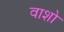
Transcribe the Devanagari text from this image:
वाशो